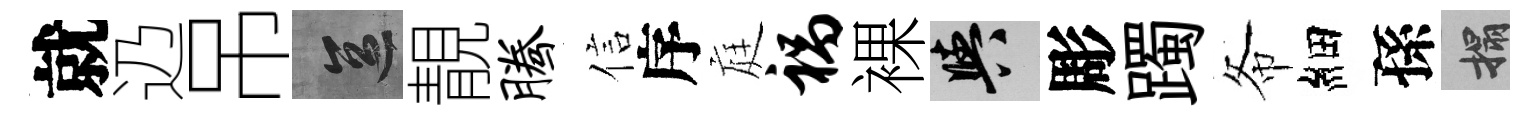
就辸吊區靚腾信序庭祸裸阳彫躅𢁙細孫搨